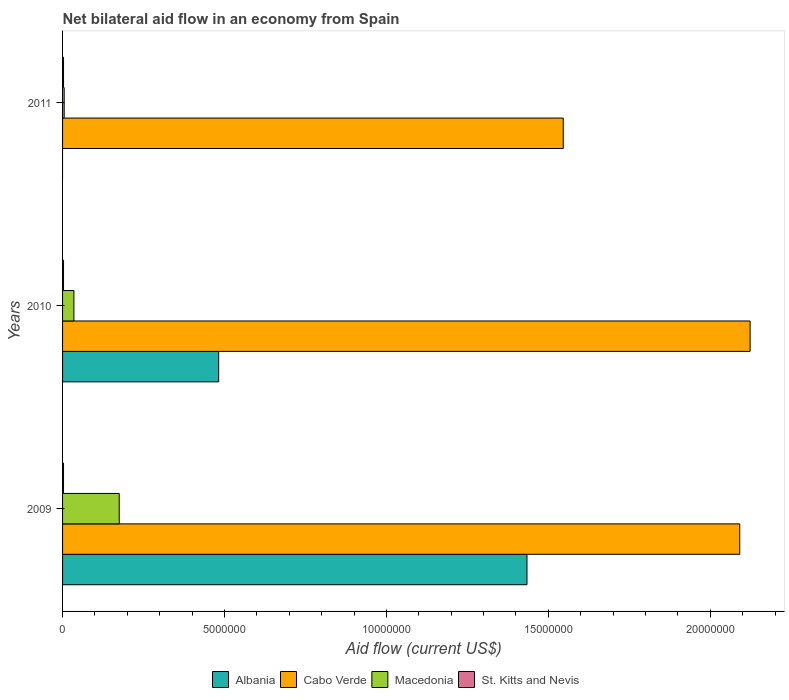
| Years | Albania | Cabo Verde | Macedonia | St. Kitts and Nevis |
 | --- | --- | --- | --- | --- |
 | 2009 | 1.43e+07 | 2.09e+07 | 1.75e+06 | 3e+04 |
 | 2010 | 4.82e+06 | 2.12e+07 | 3.5e+05 | 3e+04 |
 | 2011 | -5.3e+05 | 1.55e+07 | 5e+04 | 3e+04 |